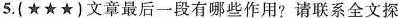
5.(★★★)文章最后一段有哪些作用?请联系全文探